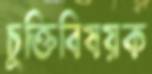
চুক্তিবিষয়ক